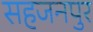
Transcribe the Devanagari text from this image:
सहजनपुर